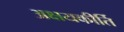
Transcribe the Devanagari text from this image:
अक्षयकीर्ति